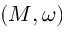
( M , \omega )